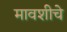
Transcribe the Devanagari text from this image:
मावशीचे